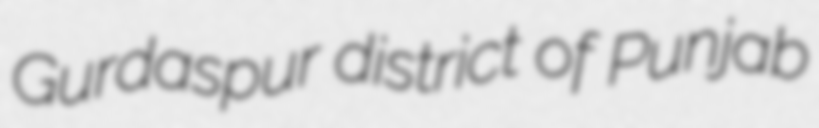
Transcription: Gurdaspur district of Punjab